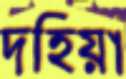
দহিয়া